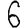
Digit: 6